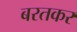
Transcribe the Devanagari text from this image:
बरतकर